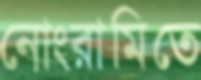
নোংরামিতে